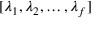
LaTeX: [ \lambda _ { 1 } , \lambda _ { 2 } , \ldots , \lambda _ { f } ]